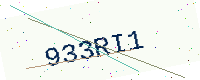
Text: 933RI1